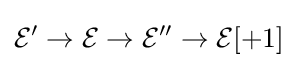
{\mathcal {E}}'\to {\mathcal {E}}\to {\mathcal {E}}''\to {\mathcal {E}}[+1]